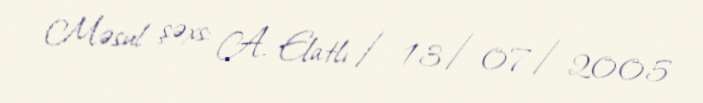
Məsul şəxs: A. Elatlı / 13/07/2005